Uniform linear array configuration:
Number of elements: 48
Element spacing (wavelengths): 1
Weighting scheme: blackman
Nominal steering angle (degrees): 30
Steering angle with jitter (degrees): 31.232
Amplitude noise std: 0.05
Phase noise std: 0.05

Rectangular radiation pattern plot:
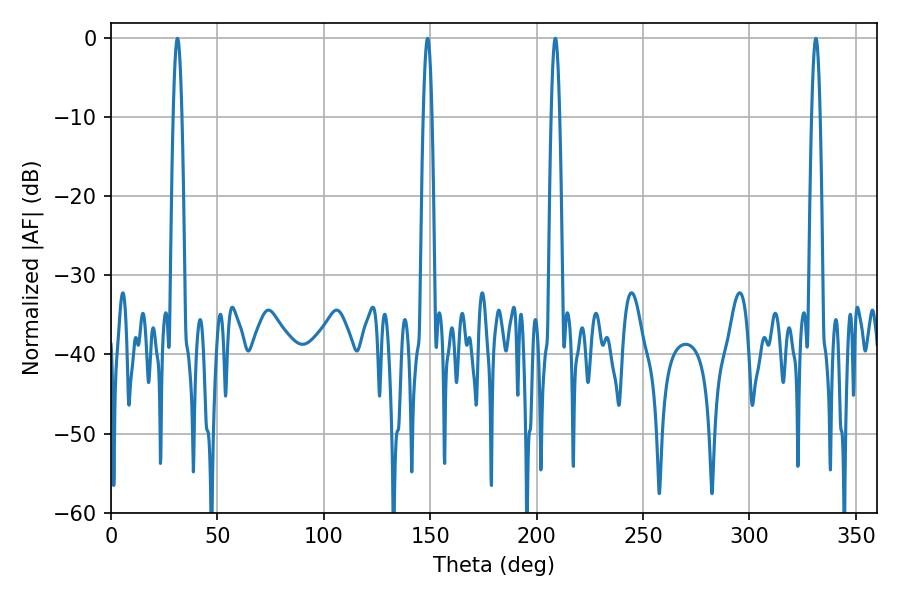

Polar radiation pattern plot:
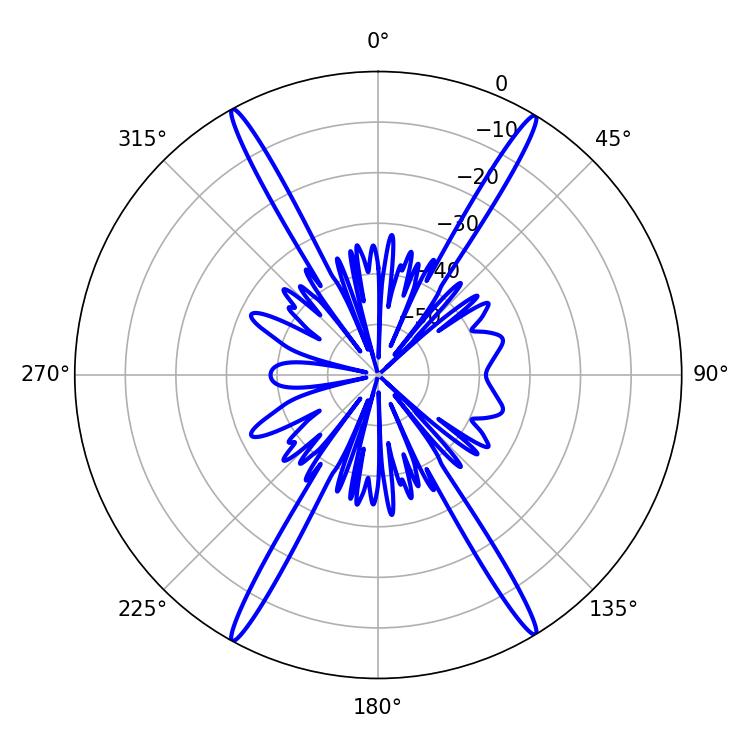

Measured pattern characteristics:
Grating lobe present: TRUE
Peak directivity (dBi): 26.713
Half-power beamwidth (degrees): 2.16
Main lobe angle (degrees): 208.8